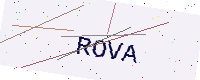
Text: ROVA